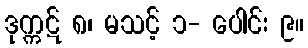
ဒုက္ကဋ် ၈၊ မသင့် ၁- ပေါင်း ၉။